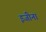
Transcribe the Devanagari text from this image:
इजीना